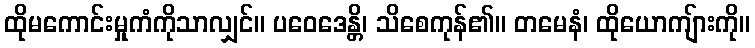
ထိုမကောင်းမှုကံကိုသာလျှင်။ ပဝေဒေန္တိ၊ သိစေကုန်၏။ တမေနံ၊ ထိုယောကျ်ားကို။